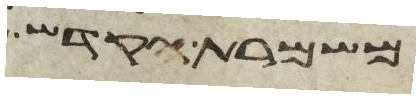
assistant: משמרת הקדש